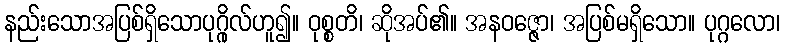
နည်းသောအပြစ်ရှိသောပုဂ္ဂိုလ်ဟူ၍။ ဝုစ္စတိ၊ ဆိုအပ်၏။ အနဝဇ္ဇော၊ အပြစ်မရှိသော။ ပုဂ္ဂလော၊